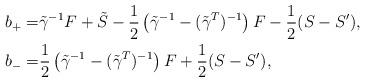
LaTeX: \begin{align*}b_+=&\tilde\gamma^{-1}F+\tilde S-\frac{1}{2}\left(\tilde\gamma^{-1}-(\tilde\gamma^T)^{-1}\right)F-\frac{1}{2}(S-S^\prime),\\b_-=&\frac{1}{2}\left(\tilde\gamma^{-1}-(\tilde\gamma^T)^{-1}\right)F+\frac{1}{2}(S-S^\prime),\end{align*}